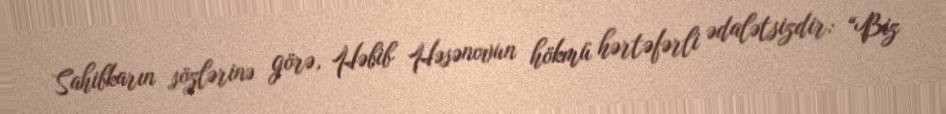
Sahibkarın sözlərinə görə, Həbib Həsənovun hökmü hərtəfərli ədalətsizdir: “Biz